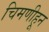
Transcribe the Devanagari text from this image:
चिमणीहून